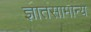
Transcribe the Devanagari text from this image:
ज्ञातसामान्य